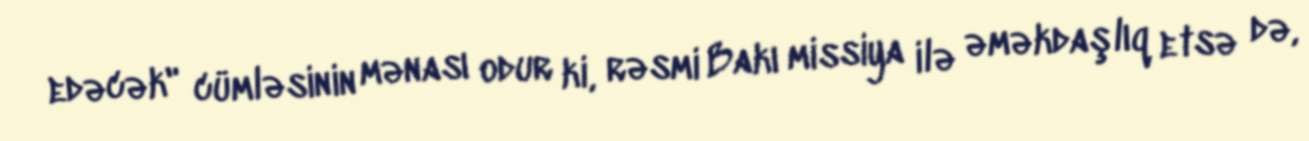
edəcək" cümləsinin mənası odur ki, rəsmi Bakı missiya ilə əməkdaşlıq etsə də,